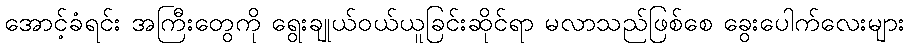
အောင့်ခံရင်း အကြီးတွေကို ရွေးချုယ်ဝယ်ယူခြင်းဆိုင်ရာ မလာသည်ဖြစ်စေ ခွေးပေါက်လေးများ